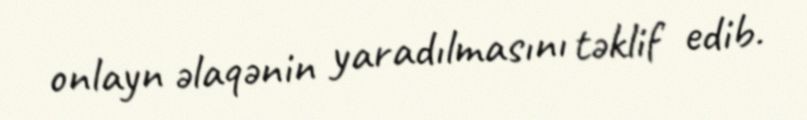
onlayn əlaqənin yaradılmasını təklif edib.